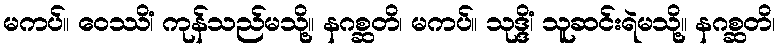
မကပ်။ ဝေဿိံ၊ ကုန်သည်မသို့။ နဂစ္ဆတိ၊ မကပ်။ သုဒ္ဒိံ၊ သူဆင်းရဲမသို့။ နဂစ္ဆတိ၊